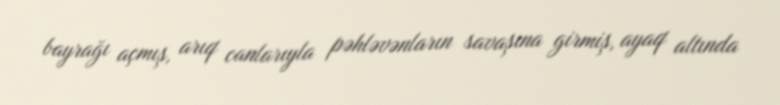
bayrağı açmış, arıq canlarıyla pəhləvənların savaşına girmiş, ayaq altında